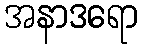
အနာဒရော